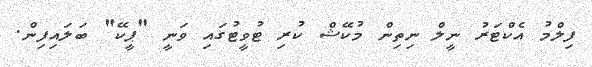
ފިލްމު އެކްޓަރު ނީލް ނިތިން މުކޭޝް ކުރި ޓުވީޓުގައި ވަނީ "ޕީކޭ" ބަލައިފިން.